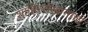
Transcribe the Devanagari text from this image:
शाहिस्तेखानाची